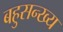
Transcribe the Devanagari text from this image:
बहुसन्ख्य